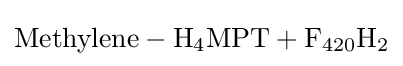
{\ce {Methylene - H4MPT + F420H2}}